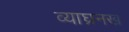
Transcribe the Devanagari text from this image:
व्याघ्रनख